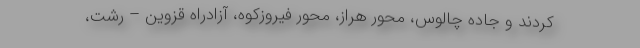
کردند و جاده چالوس، محور هراز، محور فیروزکوه، آزادراه قزوین – رشت،